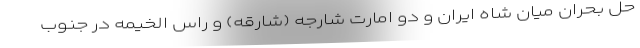
حل بحران میان شاه ایران و دو امارت شارجه (شارقه) و راس الخیمه در جنوب